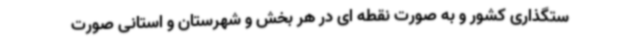
ستگذاری کشور و به صورت نقطه ای در هر بخش و شهرستان و استانی صورت